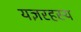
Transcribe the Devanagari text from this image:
यज्ञरहस्य